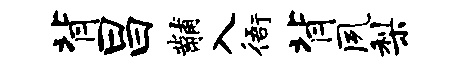
背昌黼入衙背夙梨